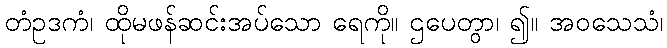
တံဥဒကံ၊ ထိုမဖန်ဆင်းအပ်သော ရေကို။ ဌပေတွာ၊ ၍။ အဝသေသံ၊